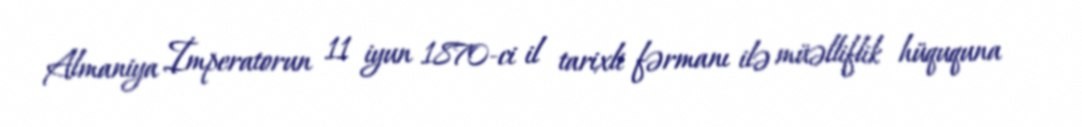
Almaniya İmperatorun 11 iyun 1870-ci il tarixli fərmanı ilə müəlliflik hüququna